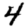
Digit: 4